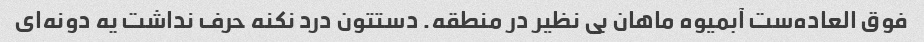
فوق العاده‌ست آبمیوه ماهان بی نظیر در منطقه. دستتون درد نکنه حرف نداشت یه دونه‌ای